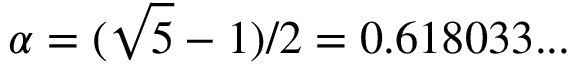
\alpha = ( \sqrt { 5 } - 1 ) / 2 = 0 . 6 1 8 0 3 3 . . .